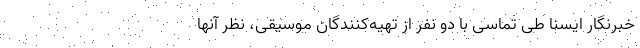
خبرنگار ایسنا طی تماسی با دو نفر از تهیه‌کنندگان موسیقی، نظر آنها